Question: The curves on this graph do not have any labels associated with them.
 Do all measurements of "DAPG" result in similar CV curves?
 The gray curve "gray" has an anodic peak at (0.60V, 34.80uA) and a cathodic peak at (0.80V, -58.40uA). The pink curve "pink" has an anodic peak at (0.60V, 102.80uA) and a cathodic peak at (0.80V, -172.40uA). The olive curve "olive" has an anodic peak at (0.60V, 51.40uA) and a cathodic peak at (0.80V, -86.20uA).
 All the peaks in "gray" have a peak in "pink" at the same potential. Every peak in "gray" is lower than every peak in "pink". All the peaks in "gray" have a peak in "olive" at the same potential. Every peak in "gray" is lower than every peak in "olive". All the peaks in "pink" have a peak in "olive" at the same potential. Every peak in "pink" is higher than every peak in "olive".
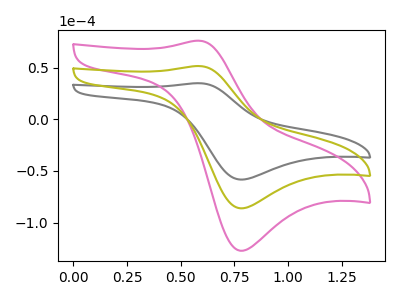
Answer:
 <answer>All the CV's of "DAPG" have similar shape.</answer>
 <eval>follow_rule</eval>